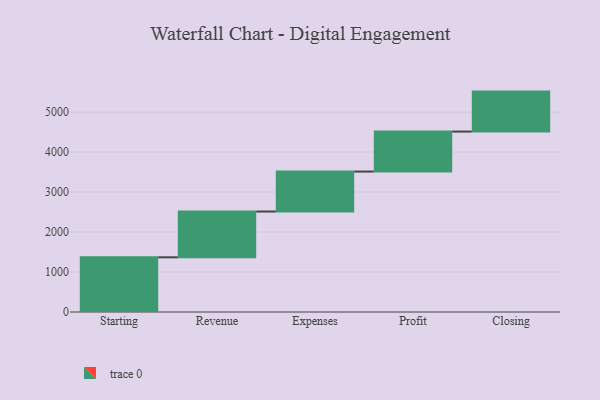
{"axis": {"x": "Step", "y": "Value"}, "legend": [""], "data": [{"x": "Starting", "y": 1368.0, "type": ""}, {"x": "Revenue", "y": 1145.0, "type": ""}, {"x": "Expenses", "y": 1000, "type": ""}, {"x": "Profit", "y": 1000, "type": ""}, {"x": "Closing", "y": 1000, "type": ""}]}